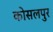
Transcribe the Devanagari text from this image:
कोसलपुर